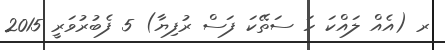
ރ (އެއް ލައްކަ ހަ ސަތޭކަ ފަސް ރުފިޔާ) 5 ފެބުރުވަރީ 2015